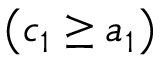
\left( c _ { 1 } \geq a _ { 1 } \right)